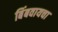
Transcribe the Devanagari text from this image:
बिंबवायचा